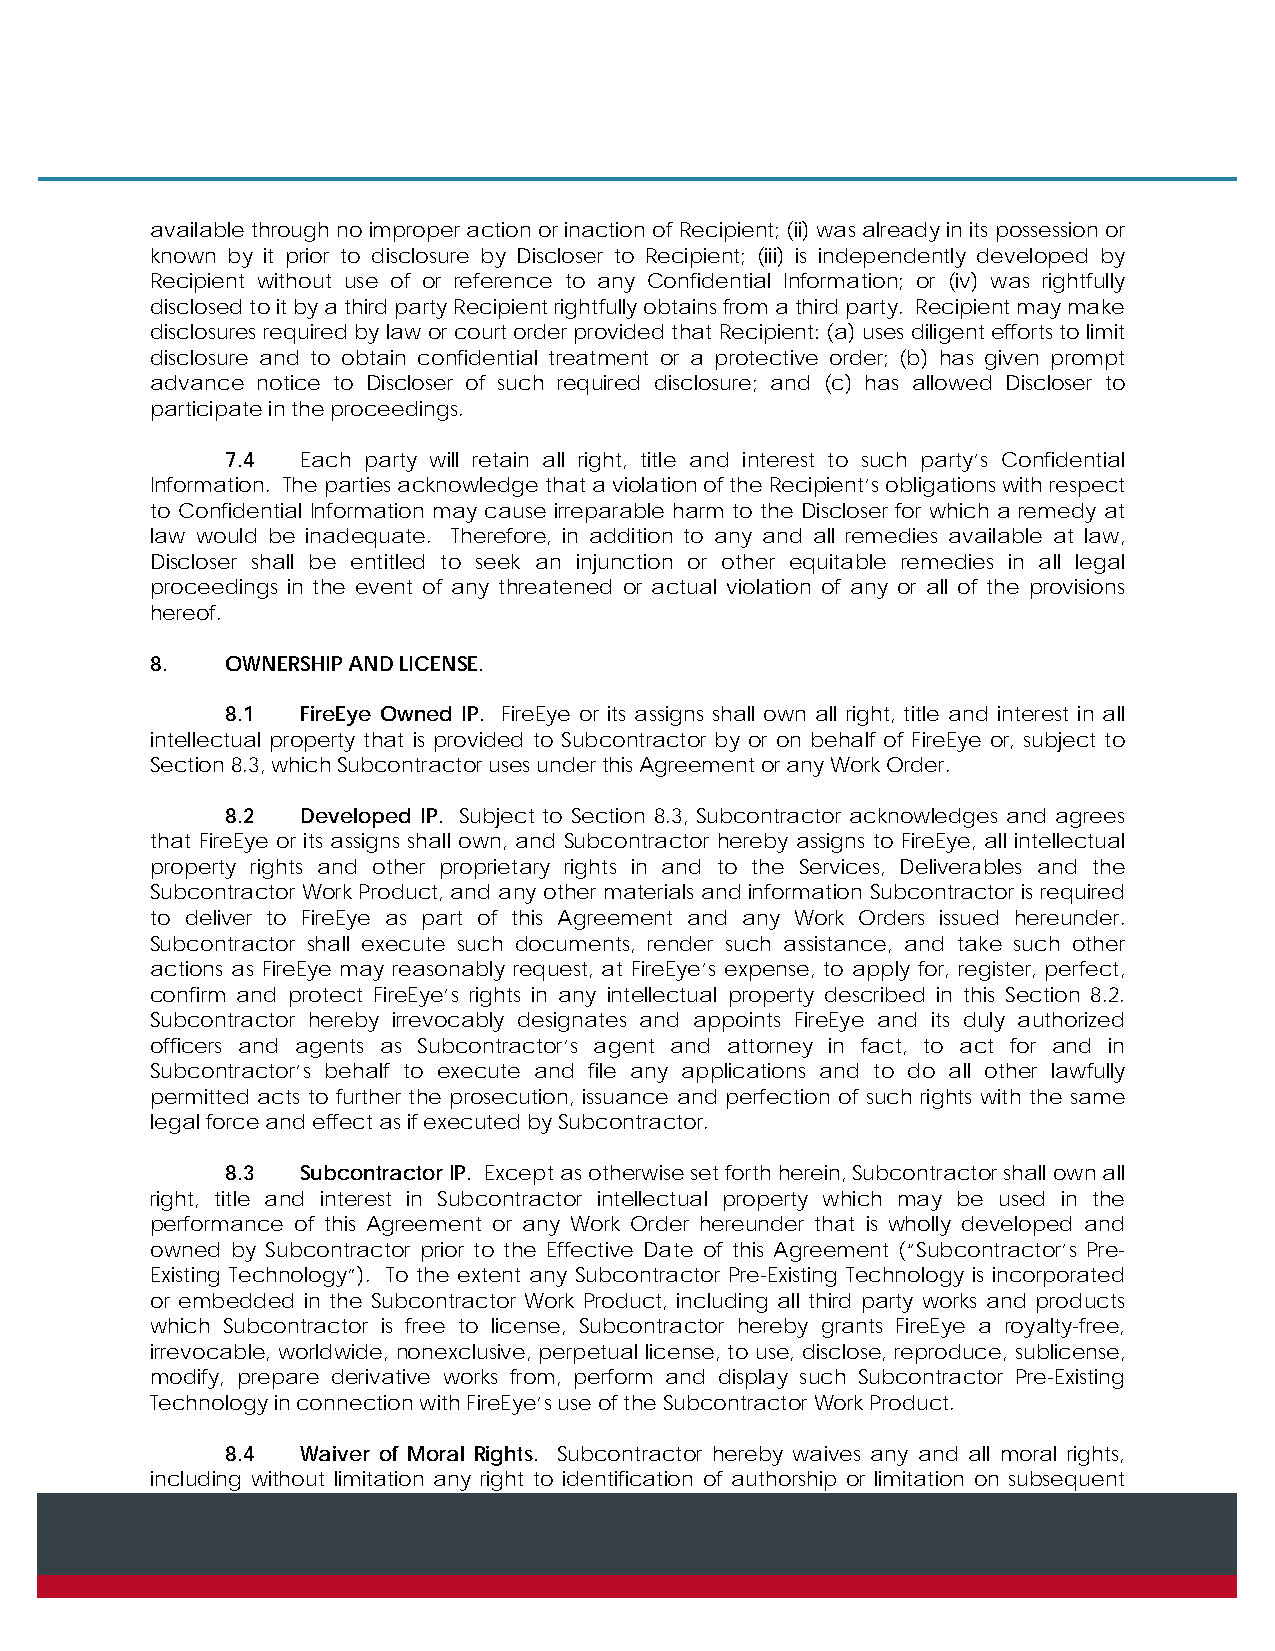
available through no improper action or inaction of Recipient; (ii) was already in its possession or
 known by it prior to disclosure by Discloser to Recipient; (iii) is independently developed by
 Recipient without use of or reference to any Confidential Information; or (iv) was rightfully
 disclosed to it by a third party Recipient rightfully obtains from a third party. Recipient may make
 disclosures required by law or court order provided that Recipient: (a) uses diligent efforts to limit
 disclosure and to obtain confidential treatment or a protective order; (b) has given prompt
 advance notice to Discloser of such required disclosure; and (c) has allowed Discloser to
 participate in the proceedings.
 7.4  Each party will retain all right, title and interest to such party’s Confidential
 Information. The parties acknowledge that a violation of the Recipient’s obligations with respect
 to Confidential Information may cause irreparable harm to the Discloser for which a remedy at
 law would be inadequate. Therefore, in addition to any and all remedies available at law,
 Discloser shall be entitled to seek an injunction or other equitable remedies in all legal
 proceedings in the event of any threatened or actual violation of any or all of the provisions
 hereof.
 8.   OWNERSHIP AND LICENSE.
 8.1  FireEye Owned IP. FireEye or its assigns shall own all right, title and interest in all
 intellectual property that is provided to Subcontractor by or on behalf of FireEye or, subject to
 Section 8.3, which Subcontractor uses under this Agreement or any Work Order.
 8.2  Developed IP. Subject to Section 8.3, Subcontractor acknowledges and agrees
 that FireEye or its assigns shall own, and Subcontractor hereby assigns to FireEye, all intellectual
 property rights and other proprietary rights in and to the Services, Deliverables and the
 Subcontractor Work Product, and any other materials and information Subcontractor is required
 to deliver to FireEye as part of this Agreement and any Work Orders issued hereunder.
 Subcontractor shall execute such documents, render such assistance, and take such other
 actions as FireEye may reasonably request, at FireEye’s expense, to apply for, register, perfect,
 confirm and protect FireEye’s rights in any intellectual property described in this Section 8.2.
 Subcontractor hereby irrevocably designates and appoints FireEye and its duly authorized
 officers and agents as Subcontractor’s agent and attorney in fact, to act for and in
 Subcontractor’s behalf to execute and file any applications and to do all other lawfully
 permitted acts to further the prosecution, issuance and perfection of such rights with the same
 legal force and effect as if executed by Subcontractor.
 8.3  Subcontractor IP. Except as otherwise set forth herein, Subcontractor shall own all
 right, title and interest in Subcontractor intellectual property which may be used in the
 performance of this Agreement or any Work Order hereunder that is wholly developed and
 owned by Subcontractor prior to the Effective Date of this Agreement (“Subcontractor’s Pre-
 Existing Technology”). To the extent any Subcontractor Pre-Existing Technology is incorporated
 or embedded in the Subcontractor Work Product, including all third party works and products
 which Subcontractor is free to license, Subcontractor hereby grants FireEye a royalty-free,
 irrevocable, worldwide, nonexclusive, perpetual license, to use, disclose, reproduce, sublicense,
 modify, prepare derivative works from, perform and display such Subcontractor Pre-Existing
 Technology in connection with FireEye’s use of the Subcontractor Work Product.
 8.4  Waiver of Moral Rights. Subcontractor hereby waives any and all moral rights,
 including without limitation any right to identification of authorship or limitation on subsequent